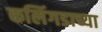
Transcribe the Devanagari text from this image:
कलिंगडाच्या